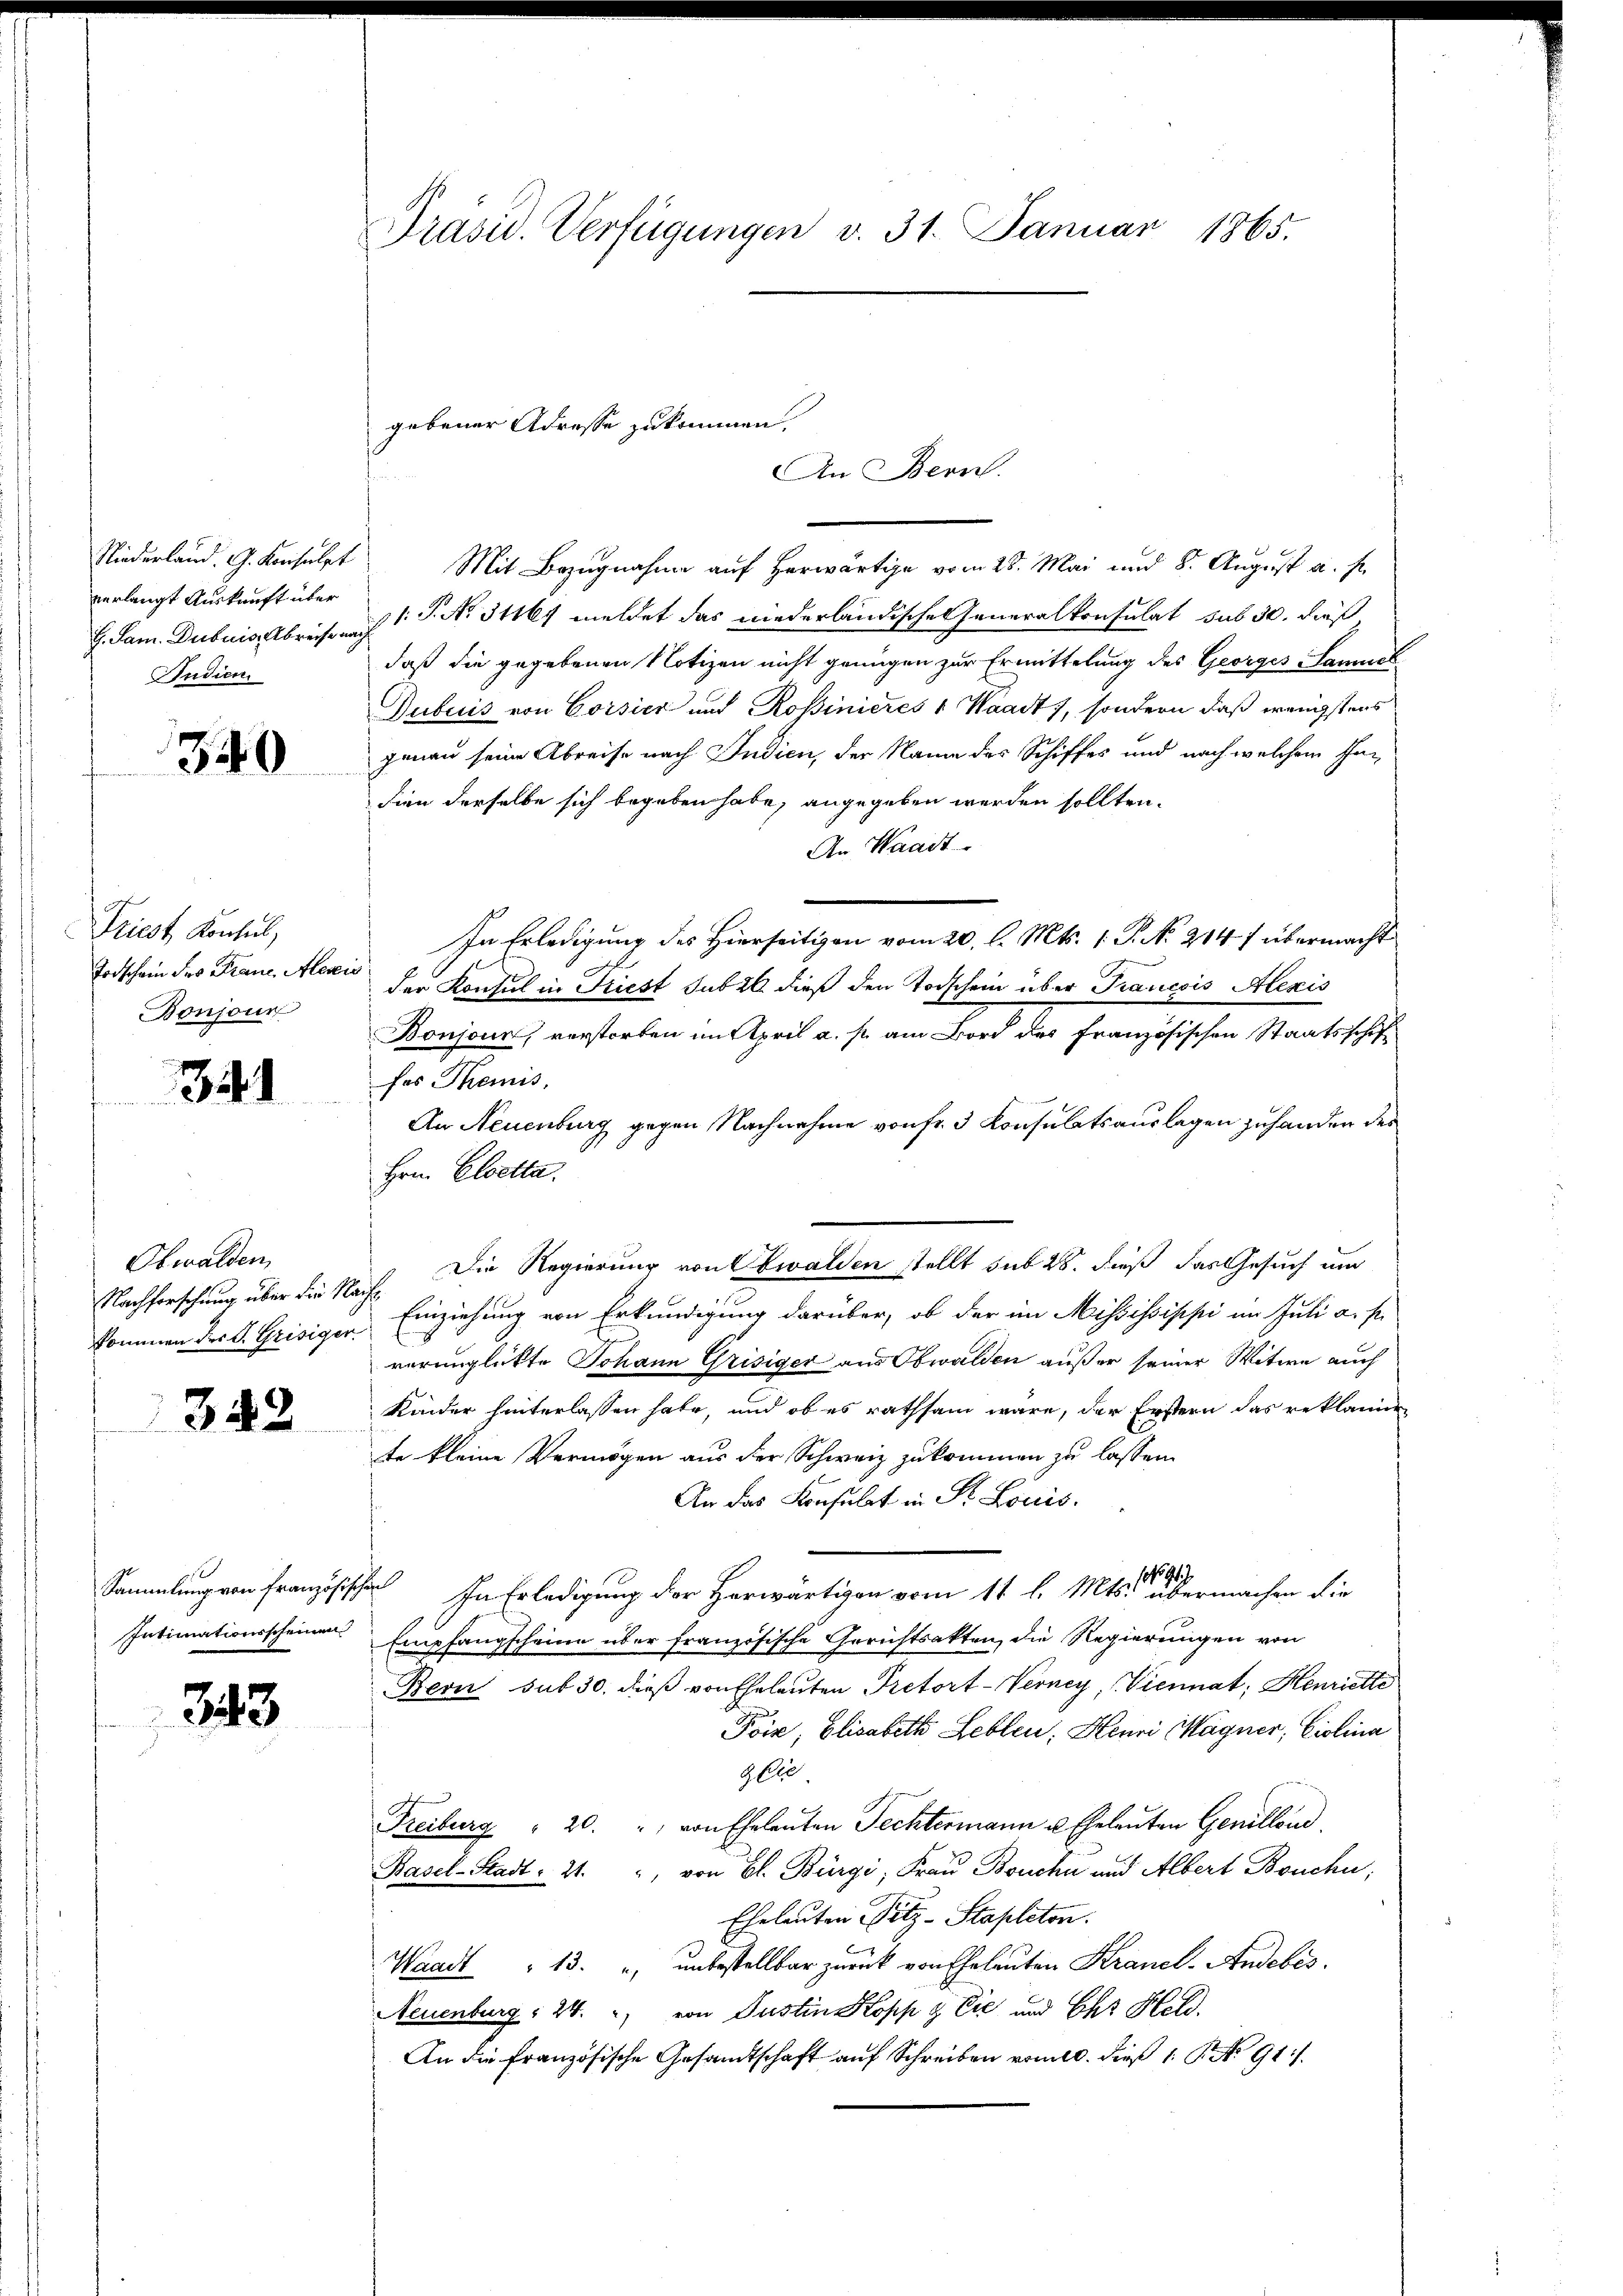
Niederland. G. Konsulpt
verlangt Auskunft über
G. Sam. Dubuis, Abreise na
Studien

349

Priest Konsul,
Todschein des Fraue, Alexis
Bonjour

341

Obwalden,
Nachforschung über die Nakommen der S. Grisiger

342

Sammlung von französische
Intimationsscheinen

343

Präsid. Verfügungen v. 31. Januar 1865.

gebener Adresse zukommen.

Mit Bezugnahme auf herwärtige vom 28. Mai und 8. August u. s.
1.P. No. 311 meldet das niederländischeheneralkonsulat sub 30. dieß
daß die gegebenen Notizen nicht genügen zur Ermittelung des Georges-Sammel
Dubuis von Corsier und Rossinieres 1 Waadt, sondern daß wenigstens
genau seine Abreise nach Indien, der Name des Schiffes und nach welchem Indien derselbe sich begeben habe, angegeben werden sollten.
An Waadt.
In Erledigung des Hierseitigen vom 20. l. Mts. 1. P. N. 214 f übermacht
der Konsul in Kriest sub 26 dieß den Todschein über Trancois Alexis
Bonjonn, verstorben im April a. p. am Bord des französischen Staatsschaft
fos Themnis,
An Neuenburg gegen Nachnahme von fr. 3 Consulatsauslagen zuhanden des
Hrn. Cloetta.
Die Regierung von Ewalden stellt sub 28. dieß das Gesuch um
s
Einziehung von Erkundigung darüber, ob der im Mississippi im Juli a. s
verunglükte Johann Grisiger aus Obwalden außer seiner Witwe auch
Kinder hinterlassen habe, und ob es rathsam wäre, der Erstern das reklamie
te kleine Vermögen aus der Schweiz zukommen zu lassen.
An das Konsulat in St. Louis.
 In Erledigung der Herwartigen vom 11 l. Mts. abermachen die
Empfangscheine über französische Gerichtsakten, die Regierungen von
Bern sub 30. dieß von Eheleuten Pretort-Verney, (Viennat; Henriette
Poie, Elisabeth Leblen, Henri Magner, Violina
zlie
Freiburg " 20. " von Eheleuten Fechtermann u. Eheleuten Genillend
Basel-Stadt. 21. " von Bl. Bürgi, Frau Bouchi und Albert Bonden,
Eheleuten Sitz-Stapletor.
Waadt " 13. " unbestellbar zurück von Eheleuten Kranel. Andebes.
Neuenburg, 24. von Justin Kopp & Cie und Ehr Held.
An die französische Gesandtschaft auf Schreiben vom 20. dieß 1 No 911

An Bern.